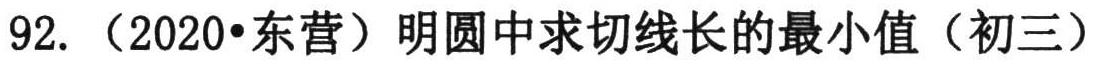
92. （2020•东营）明圆中求切线长的最小值（初三）